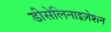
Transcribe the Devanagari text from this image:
डीसेलिनाइज़ेशन